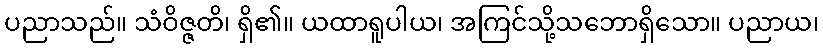
ပညာသည်။ သံဝိဇ္ဇတိ၊ ရှိ၏။ ယထာရူပါယ၊ အကြင်သို့သဘောရှိသော။ ပညာယ၊